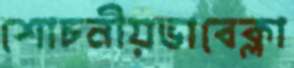
শোচনীয়ভাবেক্লা